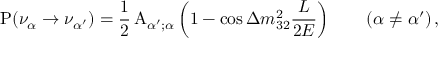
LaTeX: \mathrm { P } ( \nu _ { \alpha } \to \nu _ { \alpha ^ { \prime } } ) = \frac { 1 } { 2 } \, \mathrm { A } _ { { \alpha ^ { \prime } } ; \alpha } \left( 1 - \cos \Delta { m } _ { 3 2 } ^ { 2 } \frac { L } { 2 E } \right) \qquad ( \alpha \neq \alpha ^ { \prime } ) \, ,